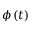
\phi \left( t \right)